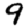
Digit: 9